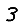
Digit: 3